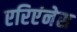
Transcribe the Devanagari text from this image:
एरिएंनेस